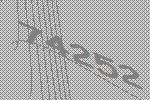
74252